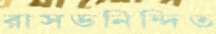
রাসভনিন্দিত